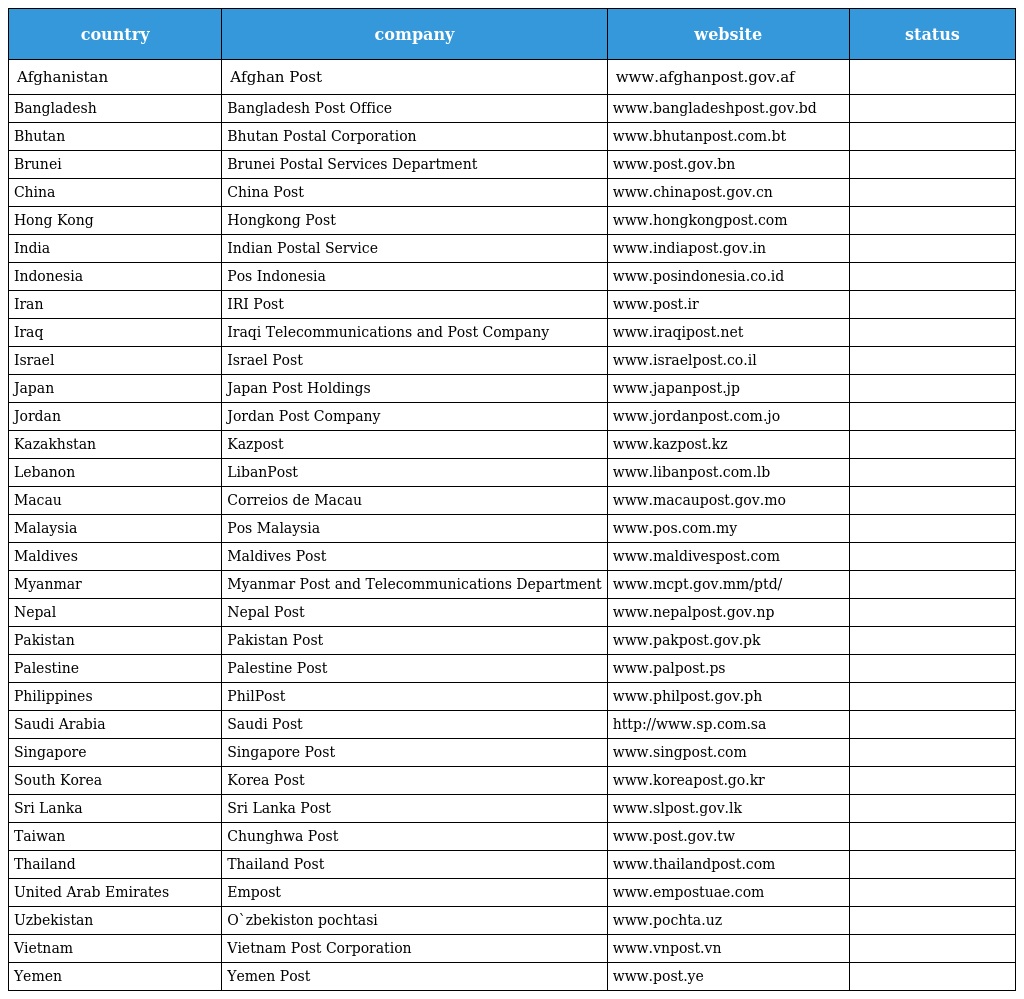
| country | company | website | status |
 | --- | --- | --- | --- |
 | Afghanistan | Afghan Post | www.afghanpost.gov.af |  |
 | Bangladesh | Bangladesh Post Office | www.bangladeshpost.gov.bd |  |
 | Bhutan | Bhutan Postal Corporation | www.bhutanpost.com.bt |  |
 | Brunei | Brunei Postal Services Department | www.post.gov.bn |  |
 | China | China Post | www.chinapost.gov.cn |  |
 | Hong Kong | Hongkong Post | www.hongkongpost.com |  |
 | India | Indian Postal Service | www.indiapost.gov.in |  |
 | Indonesia | Pos Indonesia | www.posindonesia.co.id |  |
 | Iran | IRI Post | www.post.ir |  |
 | Iraq | Iraqi Telecommunications and Post Company | www.iraqipost.net |  |
 | Israel | Israel Post | www.israelpost.co.il |  |
 | Japan | Japan Post Holdings | www.japanpost.jp |  |
 | Jordan | Jordan Post Company | www.jordanpost.com.jo |  |
 | Kazakhstan | Kazpost | www.kazpost.kz |  |
 | Lebanon | LibanPost | www.libanpost.com.lb |  |
 | Macau | Correios de Macau | www.macaupost.gov.mo |  |
 | Malaysia | Pos Malaysia | www.pos.com.my |  |
 | Maldives | Maldives Post | www.maldivespost.com |  |
 | Myanmar | Myanmar Post and Telecommunications Department | www.mcpt.gov.mm/ptd/ |  |
 | Nepal | Nepal Post | www.nepalpost.gov.np |  |
 | Pakistan | Pakistan Post | www.pakpost.gov.pk |  |
 | Palestine | Palestine Post | www.palpost.ps |  |
 | Philippines | PhilPost | www.philpost.gov.ph |  |
 | Saudi Arabia | Saudi Post | http://www.sp.com.sa |  |
 | Singapore | Singapore Post | www.singpost.com |  |
 | South Korea | Korea Post | www.koreapost.go.kr |  |
 | Sri Lanka | Sri Lanka Post | www.slpost.gov.lk |  |
 | Taiwan | Chunghwa Post | www.post.gov.tw |  |
 | Thailand | Thailand Post | www.thailandpost.com |  |
 | United Arab Emirates | Empost | www.empostuae.com |  |
 | Uzbekistan | O`zbekiston pochtasi | www.pochta.uz |  |
 | Vietnam | Vietnam Post Corporation | www.vnpost.vn |  |
 | Yemen | Yemen Post | www.post.ye |  |